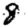
Digit: 8